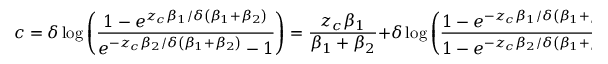
c = \delta \log { \left( \frac { 1 - e ^ { z _ { c } \beta _ { 1 } / \delta \left( \beta _ { 1 } + \beta _ { 2 } \right) } } { e ^ { - z _ { c } \beta _ { 2 } / \delta \left( \beta _ { 1 } + \beta _ { 2 } \right) } - 1 } \right) } = \frac { z _ { c } \beta _ { 1 } } { \beta _ { 1 } + \beta _ { 2 } } + \delta \log { \left( \frac { 1 - e ^ { - z _ { c } \beta _ { 1 } / \delta \left( \beta _ { 1 } + \beta _ { 2 } \right) } } { 1 - e ^ { - z _ { c } \beta _ { 2 } / \delta \left( \beta _ { 1 } + \beta _ { 2 } \right) } } \right) } .